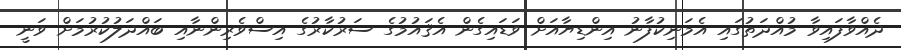
ދެއްވާފައިވާ މުއްދަތުގައި އެމަނިކުފާނު އިންޑިޔާއަށް ވަޑައިގެން އެޤައުމުގެ ސަރުކާރުގެ އިސްވެރިންނާއި ބައްދަލުކުރުމަށް ވަނީ